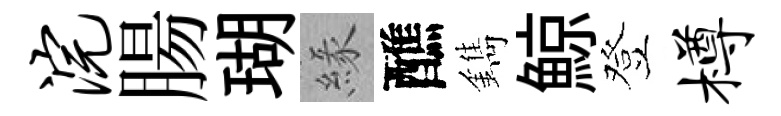
浣腸瑚緣醮鐫鯨登樽